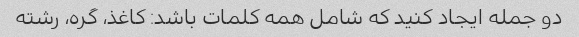
دو جمله ایجاد کنید که شامل همه کلمات باشد: کاغذ، گره، رشته